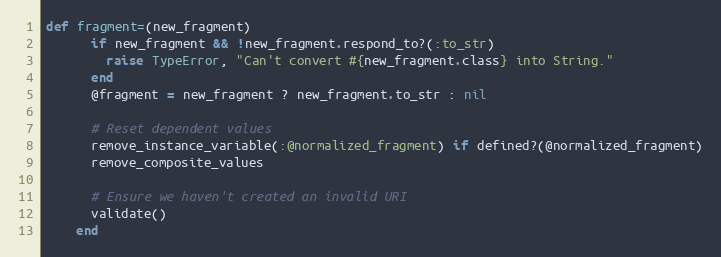
Language: Ruby
def fragment=(new_fragment)
      if new_fragment && !new_fragment.respond_to?(:to_str)
        raise TypeError, "Can't convert #{new_fragment.class} into String."
      end
      @fragment = new_fragment ? new_fragment.to_str : nil

      # Reset dependent values
      remove_instance_variable(:@normalized_fragment) if defined?(@normalized_fragment)
      remove_composite_values

      # Ensure we haven't created an invalid URI
      validate()
    end